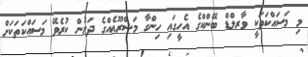
މި މަސައްކަތަކީ ވާރލްޑް ބޭންކްގެ އެހީގައި ހިންގާ މަޝްރޫޢެއްގެ ދަށުން ކުރެވޭ މަސައްކަތަކަށް